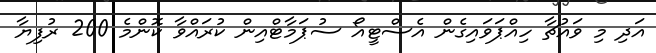
އަދި މި ވައުޗާ ހިއްޕަވައިގެން އެސްޓީއޯ ސުޕަމާޓްއިން ކުރައްވާ ކޮންމެ 200 ރުފިޔާ